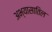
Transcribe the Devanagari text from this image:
अभ्यासातिल